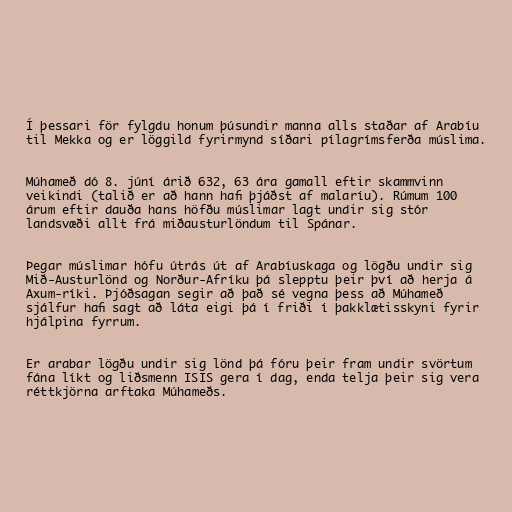
Í þessari för fylgdu honum þúsundir manna alls staðar af Arabíu
til Mekka og er löggild fyrirmynd síðari pílagrímsferða múslima.

Múhameð dó 8. júní árið 632, 63 ára gamall eftir skammvinn
veikindi (talið er að hann hafi þjáðst af malaríu). Rúmum 100
árum eftir dauða hans höfðu múslimar lagt undir sig stór
landsvæði allt frá miðausturlöndum til Spánar.

Þegar múslimar hófu útrás út af Arabíuskaga og lögðu undir sig
Mið-Austurlönd og Norður-Afríku þá slepptu þeir því að herja á
Axum-ríki. Þjóðsagan segir að það sé vegna þess að Múhameð
sjálfur hafi sagt að láta eigi þá í friði í þakklætisskyni fyrir
hjálpina fyrrum.

Er arabar lögðu undir sig lönd þá fóru þeir fram undir svörtum
fána líkt og liðsmenn ISIS gera í dag, enda telja þeir sig vera
réttkjörna arftaka Múhameðs.